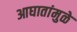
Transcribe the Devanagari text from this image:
आघातांमुळे